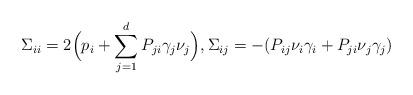
LaTeX: \begin{align*} \Sigma_{ii} = 2\Big(p_i + \sum \limits_{j=1}^d P_{ji}\gamma_j \nu_j\Big), \Sigma_{ij} = -(P_{ij}\nu_i \gamma_i + P_{ji}\nu_j\gamma_j) \end{align*}